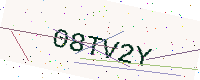
Text: 08TV2Y